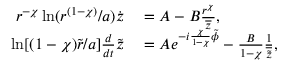
\begin{array} { r l } { r ^ { - \chi } \ln ( r ^ { ( 1 - \chi ) } / a ) \dot { z } } & { { } = A - B \frac { r ^ { \chi } } { \overline { { z } } } , } \\ { \ln [ ( 1 - \chi ) \tilde { r } / a ] \frac { d } { d t } \tilde { z } } & { { } = A e ^ { - i \frac { \chi } { 1 - \chi } \tilde { \phi } } - \frac { B } { 1 - \chi } \frac { 1 } { \overline { { \tilde { z } } } } , } \end{array}